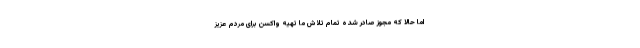
اما حالا که مجوز صادر شده تمام تلاش ما تهیه واکسن برای مردم عزیز